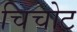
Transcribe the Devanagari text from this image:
चिचोट